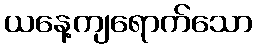
ယနေ့ကျရောက်သော